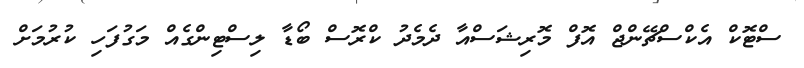
ސްޓޮކް އެކްސްޗޭންޖް އޮފް މޮރިޝަސްއާ ދެމެދު ކްރޮސް ބޯޑާ ލިސްޓިންގެއް މަގުފަހި ކުރުމަށް